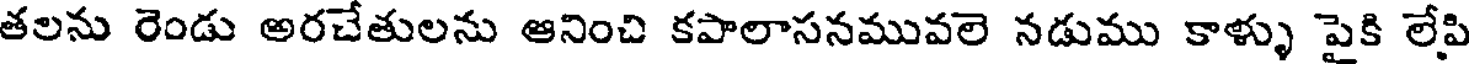
తలను రెండు అరచేతులను ఆనించి కపాలాసనమువలె నడుము కాళ్ళు పైకి లేపి